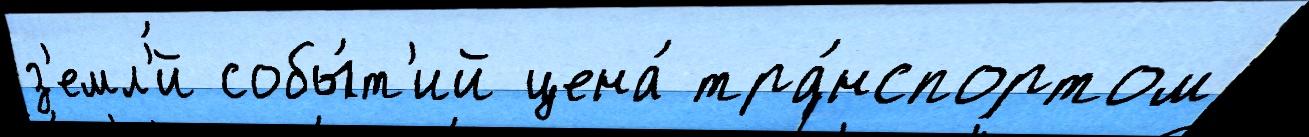
з'емл'́й собы́т'ий цена́ тра́нспортом